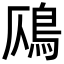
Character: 𩾸